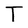
Character: T